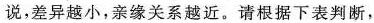
说，差异越小，亲缘关系越近。请根据下表判断，